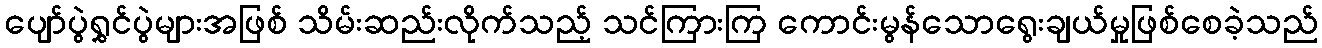
ပျော်ပွဲရွှင်ပွဲများအဖြစ် သိမ်းဆည်းလိုက်သည့် သင်ကြားကြ ကောင်းမွန်သောရွေးချယ်မှုဖြစ်စေခဲ့သည်